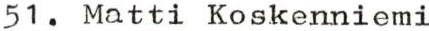
51. Matti Koskenniemi